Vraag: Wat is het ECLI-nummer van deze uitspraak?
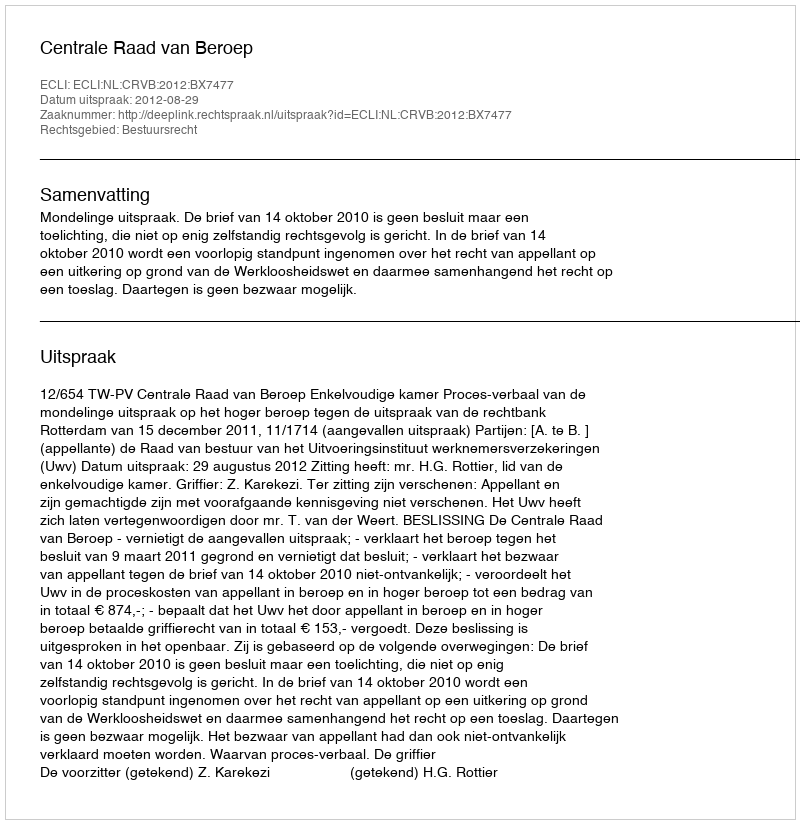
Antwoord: ECLI:NL:CRVB:2012:BX7477